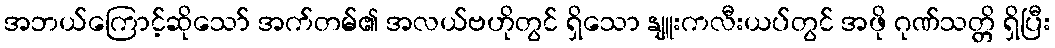
အဘယ်ကြောင့်ဆိုသော် အက်တမ်၏ အလယ်ဗဟိုတွင် ရှိသော နျူးကလီးယပ်တွင် အဖို ဂုဏ်သတ္တိ ရှိပြီး